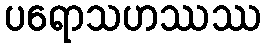
ပရောသဟဿဿ